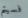
فسيتم